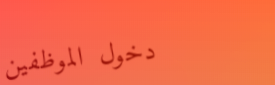
دخول الموظفين